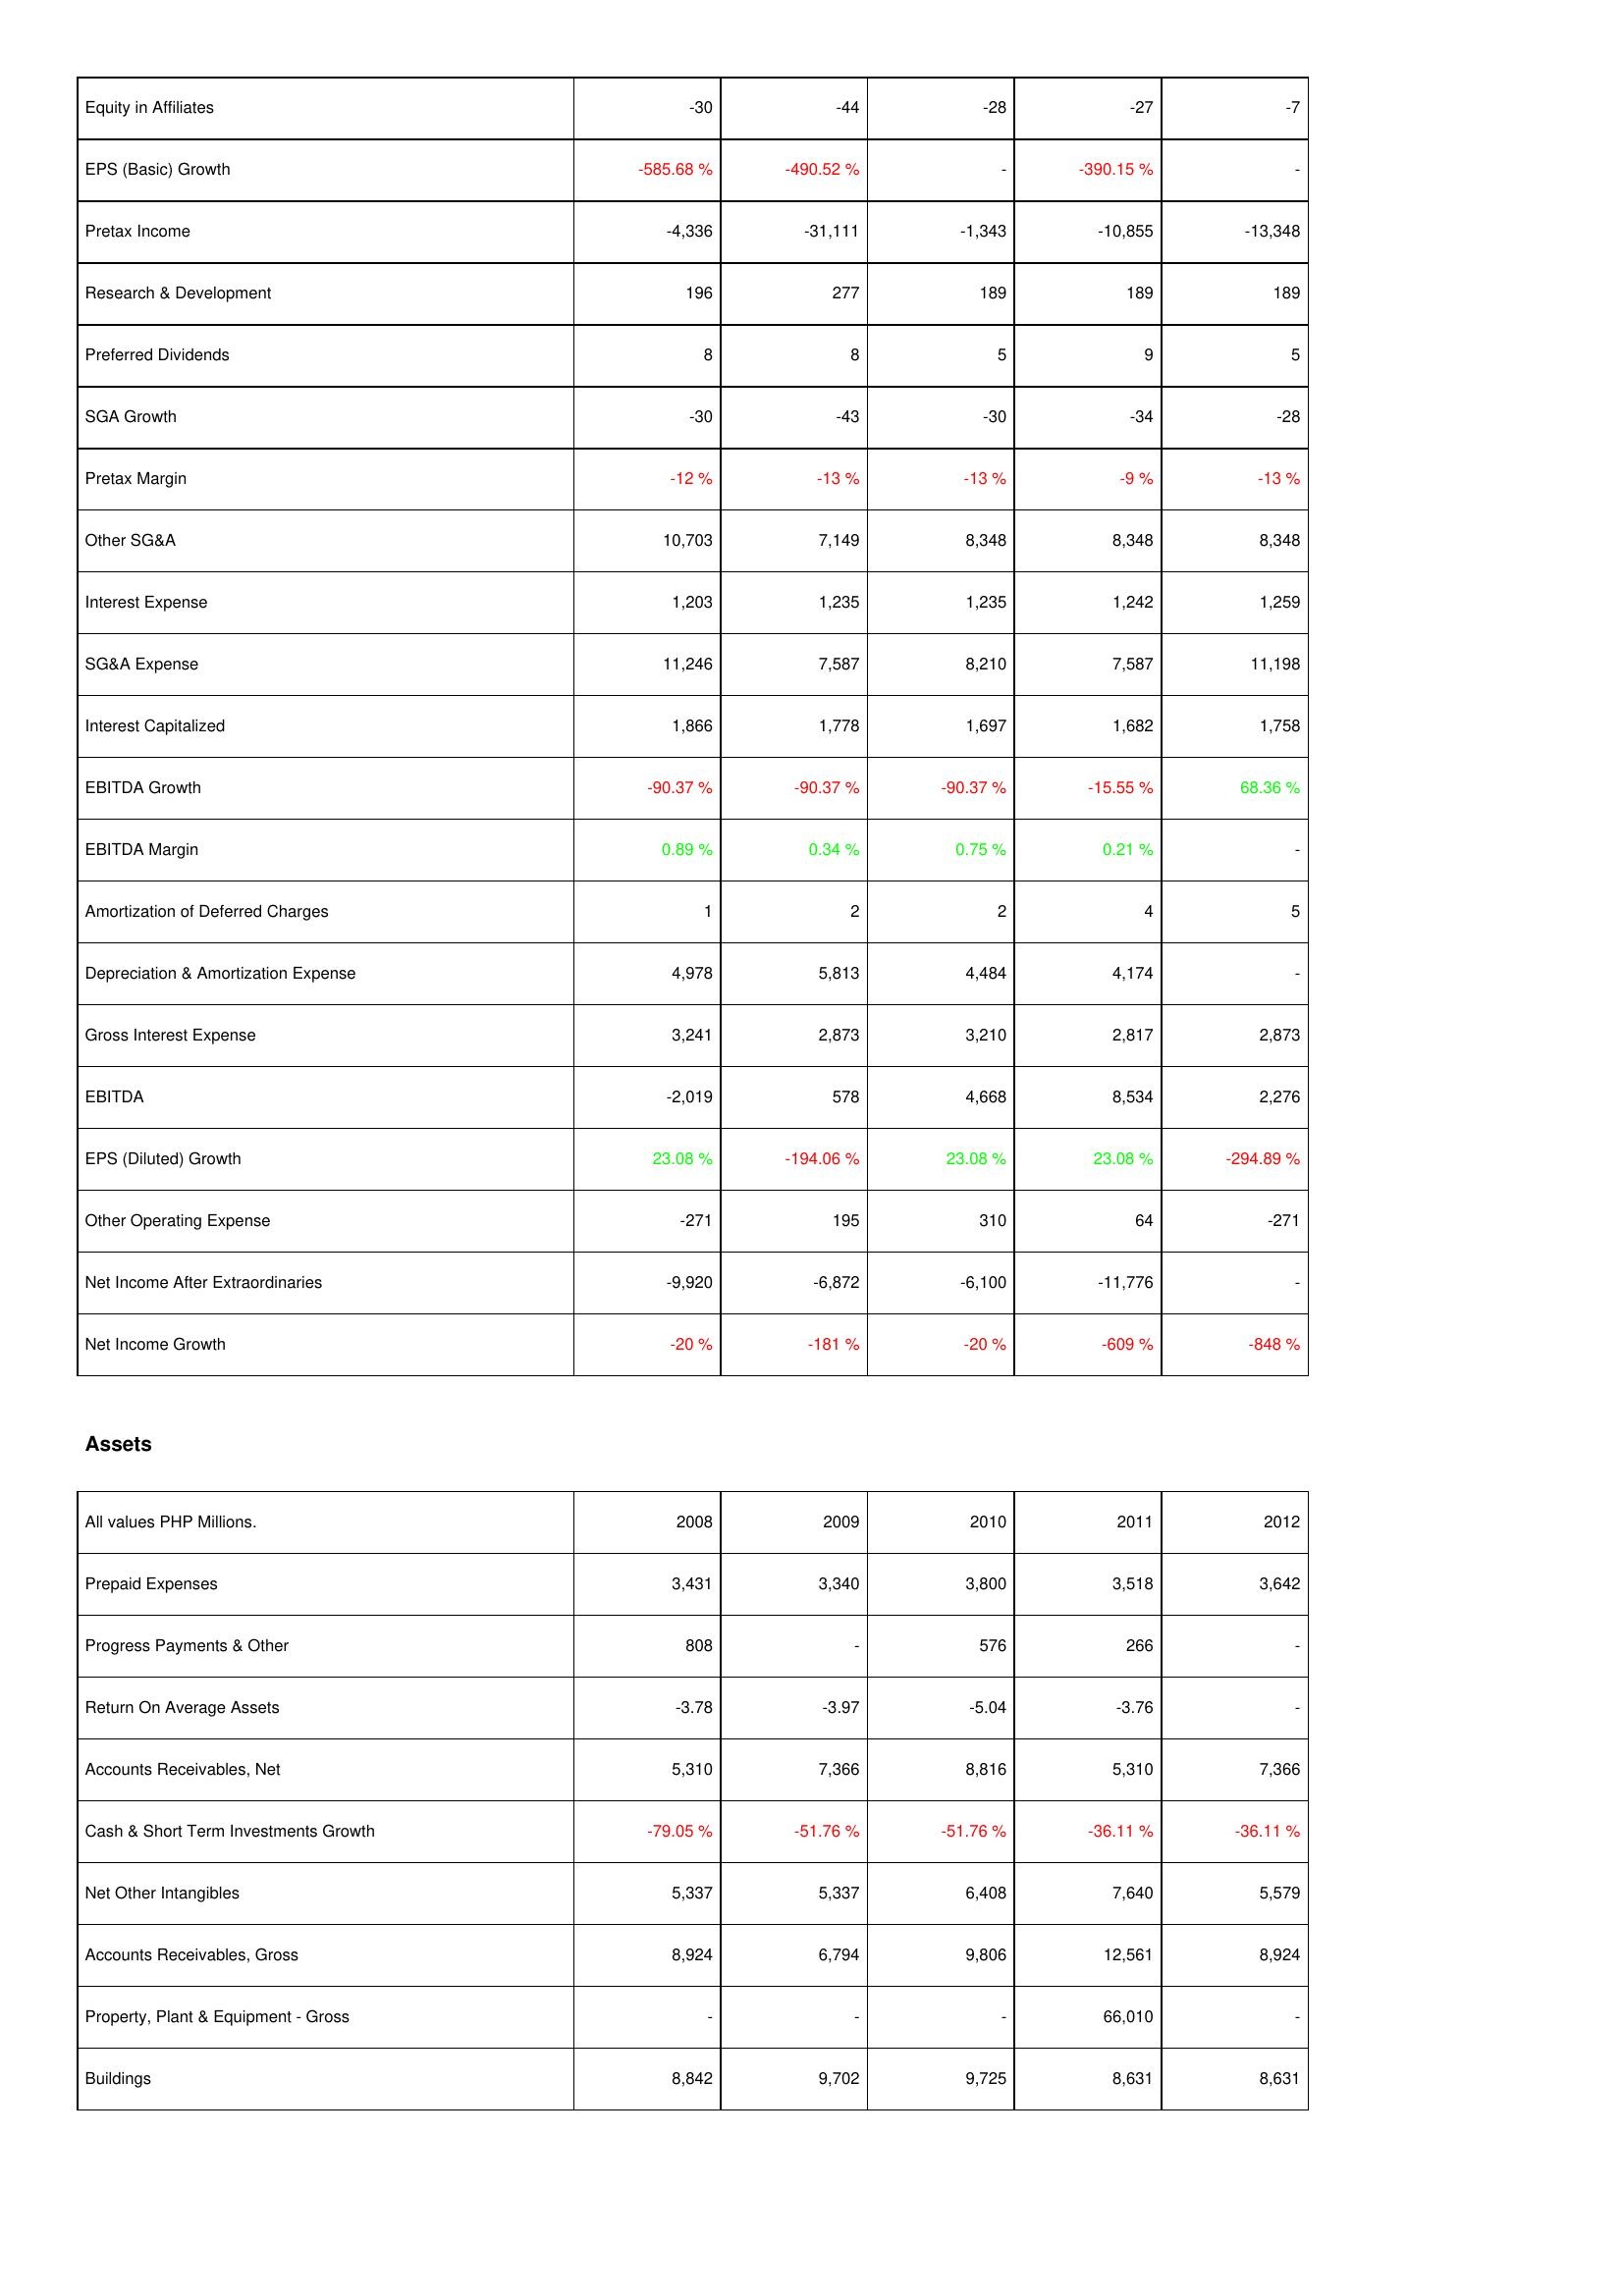
2008: Income Statement: Equity in Affiliates: -30
EPS (Basic) Growth: -585.68 %
Pretax Income: -4,336
Research & Development: 196
Preferred Dividends: 8
SGA Growth: -30
Pretax Margin: -12 %
Other SG&A: 10,703
Interest Expense: 1,203
SG&A Expense: 11,246
Interest Capitalized: 1,866
EBITDA Growth: -90.37 %
EBITDA Margin: 0.89 %
Amortization of Deferred Charges: 1
Depreciation & Amortization Expense: 4,978
Gross Interest Expense: 3,241
EBITDA: -2,019
EPS (Diluted) Growth: 23.08 %
Other Operating Expense: -271
Net Income After Extraordinaries: -9,920
Net Income Growth: -20 %
Assets: Prepaid Expenses: 3,431
Progress Payments & Other: 808
Return On Average Assets: -3.78
Accounts Receivables, Net: 5,310
Cash & Short Term Investments Growth: -79.05 %
Net Other Intangibles: 5,337
Accounts Receivables, Gross: 8,924
Property, Plant & Equipment - Gross: -
Buildings: 8,842
2009: Income Statement: Equity in Affiliates: -44
EPS (Basic) Growth: -490.52 %
Pretax Income: -31,111
Research & Development: 277
Preferred Dividends: 8
SGA Growth: -43
Pretax Margin: -13 %
Other SG&A: 7,149
Interest Expense: 1,235
SG&A Expense: 7,587
Interest Capitalized: 1,778
EBITDA Growth: -90.37 %
EBITDA Margin: 0.34 %
Amortization of Deferred Charges: 2
Depreciation & Amortization Expense: 5,813
Gross Interest Expense: 2,873
EBITDA: 578
EPS (Diluted) Growth: -194.06 %
Other Operating Expense: 195
Net Income After Extraordinaries: -6,872
Net Income Growth: -181 %
Assets: Prepaid Expenses: 3,340
Progress Payments & Other: -
Return On Average Assets: -3.97
Accounts Receivables, Net: 7,366
Cash & Short Term Investments Growth: -51.76 %
Net Other Intangibles: 5,337
Accounts Receivables, Gross: 6,794
Property, Plant & Equipment - Gross: -
Buildings: 9,702
2010: Income Statement: Equity in Affiliates: -28
EPS (Basic) Growth: -
Pretax Income: -1,343
Research & Development: 189
Preferred Dividends: 5
SGA Growth: -30
Pretax Margin: -13 %
Other SG&A: 8,348
Interest Expense: 1,235
SG&A Expense: 8,210
Interest Capitalized: 1,697
EBITDA Growth: -90.37 %
EBITDA Margin: 0.75 %
Amortization of Deferred Charges: 2
Depreciation & Amortization Expense: 4,484
Gross Interest Expense: 3,210
EBITDA: 4,668
EPS (Diluted) Growth: 23.08 %
Other Operating Expense: 310
Net Income After Extraordinaries: -6,100
Net Income Growth: -20 %
Assets: Prepaid Expenses: 3,800
Progress Payments & Other: 576
Return On Average Assets: -5.04
Accounts Receivables, Net: 8,816
Cash & Short Term Investments Growth: -51.76 %
Net Other Intangibles: 6,408
Accounts Receivables, Gross: 9,806
Property, Plant & Equipment - Gross: -
Buildings: 9,725
2011: Income Statement: Equity in Affiliates: -27
EPS (Basic) Growth: -390.15 %
Pretax Income: -10,855
Research & Development: 189
Preferred Dividends: 9
SGA Growth: -34
Pretax Margin: -9 %
Other SG&A: 8,348
Interest Expense: 1,242
SG&A Expense: 7,587
Interest Capitalized: 1,682
EBITDA Growth: -15.55 %
EBITDA Margin: 0.21 %
Amortization of Deferred Charges: 4
Depreciation & Amortization Expense: 4,174
Gross Interest Expense: 2,817
EBITDA: 8,534
EPS (Diluted) Growth: 23.08 %
Other Operating Expense: 64
Net Income After Extraordinaries: -11,776
Net Income Growth: -609 %
Assets: Prepaid Expenses: 3,518
Progress Payments & Other: 266
Return On Average Assets: -3.76
Accounts Receivables, Net: 5,310
Cash & Short Term Investments Growth: -36.11 %
Net Other Intangibles: 7,640
Accounts Receivables, Gross: 12,561
Property, Plant & Equipment - Gross: 66,010
Buildings: 8,631
2012: Income Statement: Equity in Affiliates: -7
EPS (Basic) Growth: -
Pretax Income: -13,348
Research & Development: 189
Preferred Dividends: 5
SGA Growth: -28
Pretax Margin: -13 %
Other SG&A: 8,348
Interest Expense: 1,259
SG&A Expense: 11,198
Interest Capitalized: 1,758
EBITDA Growth: 68.36 %
EBITDA Margin: -
Amortization of Deferred Charges: 5
Depreciation & Amortization Expense: -
Gross Interest Expense: 2,873
EBITDA: 2,276
EPS (Diluted) Growth: -294.89 %
Other Operating Expense: -271
Net Income After Extraordinaries: -
Net Income Growth: -848 %
Assets: Prepaid Expenses: 3,642
Progress Payments & Other: -
Return On Average Assets: -
Accounts Receivables, Net: 7,366
Cash & Short Term Investments Growth: -36.11 %
Net Other Intangibles: 5,579
Accounts Receivables, Gross: 8,924
Property, Plant & Equipment - Gross: -
Buildings: 8,631